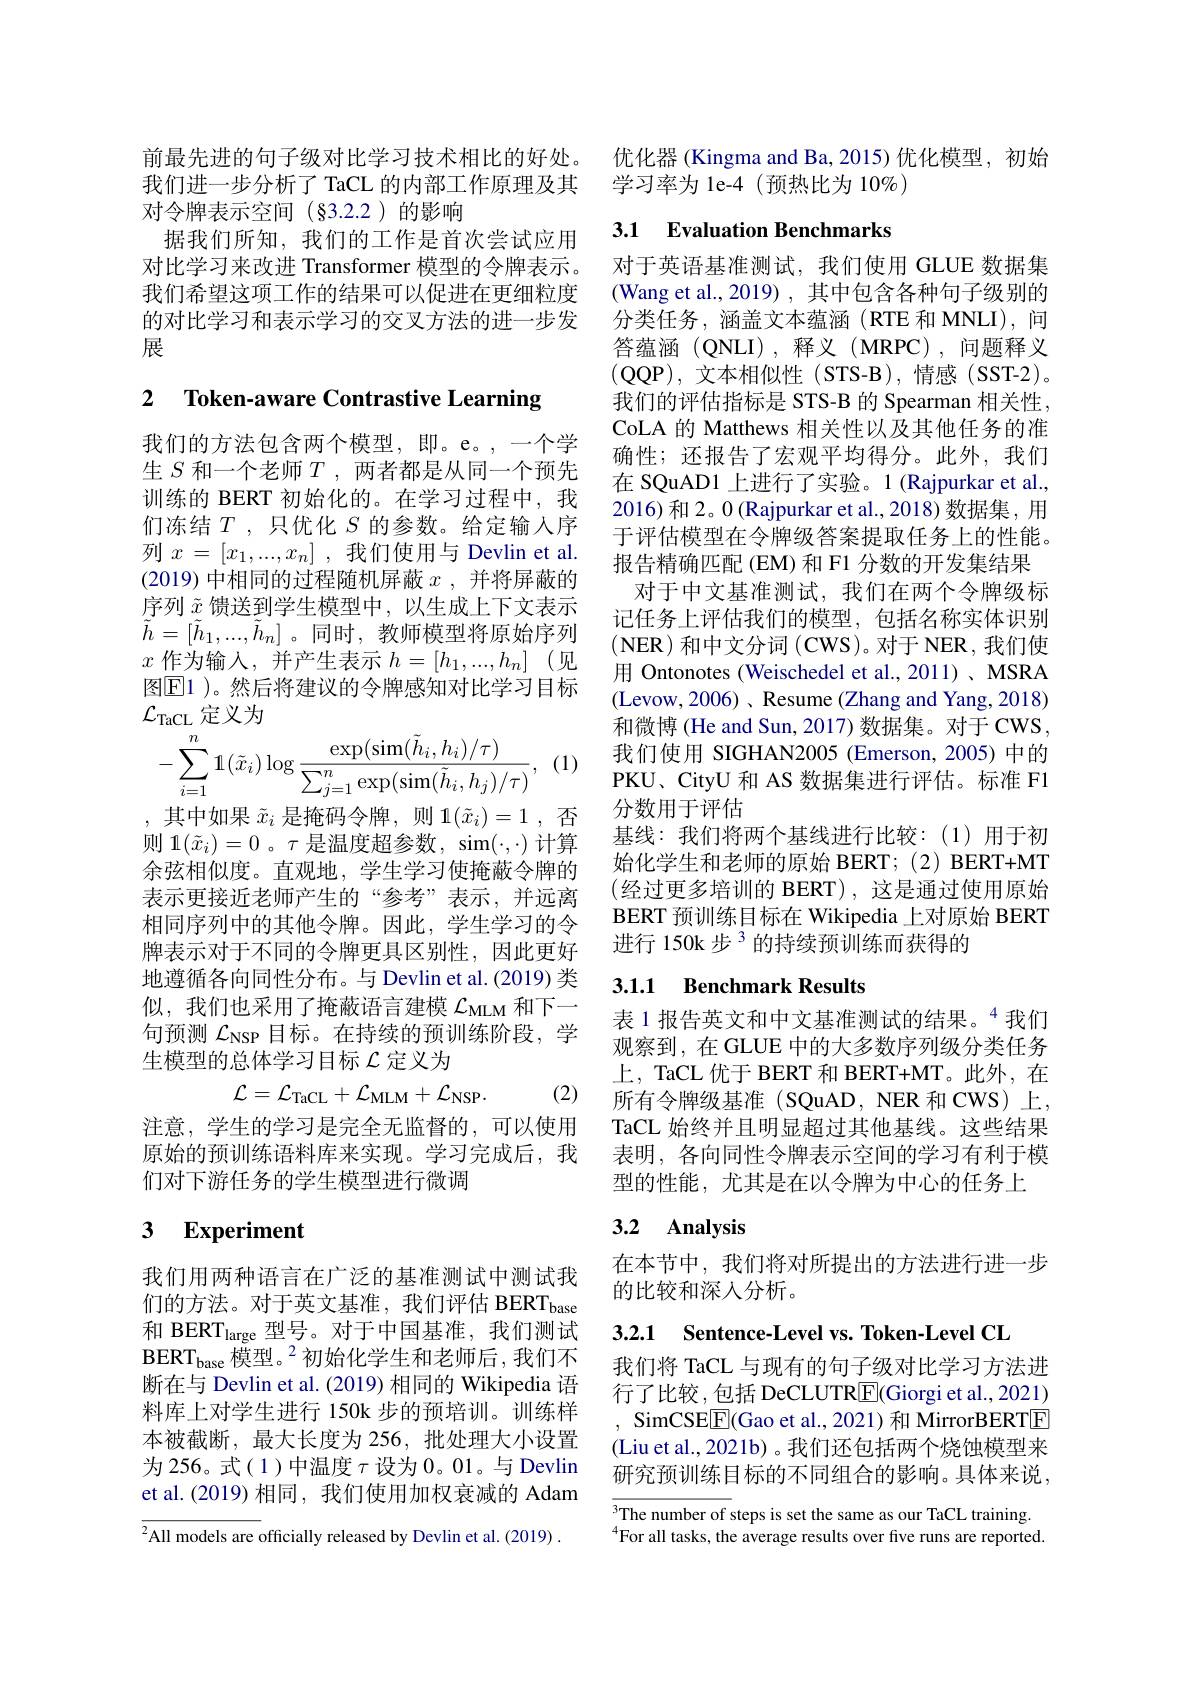
对令牌表示空间(§3.2.2)的影响
据我们所知，我们的工作是首次尝试应用对比学习来改进 Transformer 模型的令牌表示。我们希望这项工作的结果可以促进在更细粒度的对比学习和表示学习的交叉方法的进一步发展

2 $\textbf{Token- aware Contrastive Learning}$

我们的方法包含两个模型，即。e。,一个学生$S$和一个老师$T$,两者都是从同一个预先训练的 BERT 初始化的。在学习过程中，我们冻结$T$,只优化$S$的参数。给定输入序列$x=[x_1,...,x_n]$ ,我们使用与 Devlin et al. (2019)中相同的过程随机屏蔽$x$,并将屏蔽的序列$\tilde{x}$馈送到学生模型中，以生成上下文表示$\tilde{h}=[\tilde{h}_1,...,\tilde{h}_n]$。同时，教师模型将原始序列$x$作为输入，并产生表示$h=[h_1,...,h_n]$(见图$\boxed{\mathrm{E}}1$ )。然后将建议的令牌感知对比学习目标$\mathcal{L}_\mathrm{TaCL}$定义为
$$-\sum_{i=1}^{n}1(\tilde{x}_{i})\log\frac{\exp(\sin(\tilde{h}_{i},h_{i})/\tau)}{\sum_{j=1}^{n}\exp(\sin(\tilde{h}_{i},h_{j})/\tau)},$$
(1)
,其中如果$\tilde{x}_i$是掩码令牌，则$1(\tilde{x}_i)=1$,否则 1$(\tilde{x}_i)=0$。$\tau$是温度超参数，sim$(\cdot,\cdot)$计算余弦相似度。直观地，学生学习使掩蔽令牌的表示更接近老师产生的“参考”表示，并远离相同序列中的其他令牌。因此，学生学习的令牌表示对于不同的令牌更具区别性，因此更好地遵循各向同性分布。与 Devlin et al. (2019) 类似，我们也采用了掩蔽语言建模$\mathcal{L}_\mathrm{MLM}$和下一句预测$\mathcal{L}_\mathrm{NSP}$目标。在持续的预训练阶段，学生模型的总体学习目标$\mathcal{L}$定义为
$$\mathcal{L}=\mathcal{L}_{\mathrm{TaCL}}+\mathcal{L}_{\mathrm{MLM}}+\mathcal{L}_{\mathrm{NSP}}.$$
(2)

注意，学生的学习是完全无监督的，可以使用原始的预训练语料库来实现。学习完成后，我们对下游任务的学生模型进行微调

# 3 Experiment

我们用两种语言在广泛的基准测试中测试我们的方法。对于英文基准，我们评估 BERT$_\mathrm{base}$ 和 BERT$_\mathrm{large}$型号。对于中国基准，我们测试$\mathrm{BERT}_{\mathrm{base}}{\tilde{\text{模型。}}^{2}}$初始化学生和老师后，我们不断在与 Devlin et al. (2019) 相同的 Wikipedia 语料库上对学生进行 150k 步的预培训。训练样本被截断，最大长度为 256, 批处理大小设置为 256。式( 1)中温度$\tau$设为 0。01。与 Devlin et al.(2019) 相同，我们使用加权衰减的 Adam $\overline{{^2\text{All models are officially released by Devlin et al.(2019) }}}.$

前最先进的句子级对比学习技术相比的好处。优化器(Kingma and Ba,2015)优化模型，初始
我们进一步分析了 TaCL 的内部工作原理及其 学习率为 le-4 (预热比为 10%)

## 3.1 Evaluation Benchmarks

对于英语基准测试，我们使用 GLUE 数据集(Wang et al.,2019), 其中包含各种句子级别的分类任务，涵盖文本蕴涵(RTE 和 MNLI), 问答蕴涵(QNLI),释义(MRPC),问题释义(QQP),文本相似性 (STS-B),情感 (SST-2)。我们的评估指标是 STS-B 的 Spearman 相关性， CoLA 的 Matthews 相关性以及其他任务的准确性；还报告了宏观平均得分。此外，我们在 SQuAD1 上进行了实验。1 (Rajpurkar et al., 2016) 和 2。0 (Rajpurkar et al., 2018) 数据集，用于评估模型在令牌级答案提取任务上的性能。报告精确匹配(EM)和 F1 分数的开发集结果
对于中文基准测试，我们在两个令牌级标记任务上评估我们的模型，包括名称实体识别$(\mathbf{NER})$和中文分词$(\mathbf{CWS})$。对于 NER,我们使用 Ontonotes (Weischedel et al., 2011) 、MSRA (Levow,2006)、Resume (Zhang and Yang, 2018) 和微博 (He and Sun, 2017) 数据集。对于 CWS, 我们使用 SIGHAN2005 (Emerson,2005)中的PKU、CityU 和 AS 数据集进行评估。标准 F1分数用于评估
基线：我们将两个基线进行比较：(1)用于初始化学生和老师的原始 BERT; (2) BERT+MT (经过更多培训的 BERT),这是通过使用原始BERT 预训练目标在 Wikipedia 上对原始 BERT 进行 150k 步 $^{3}$的持续预训练而获得的

### 3.1.1 Benchmark Results

表 1 报告英文和中文基准测试的结果。$^{4}$我们观察到，在 GLUE 中的大多数序列级分类任务上，TaCL 优于 BERT 和 BERT+MT。此外，在所有令牌级基准(SQuAD,NER 和 CWS)上， TaCL 始终并且明显超过其他基线。这些结果表明，各向同性令牌表示空间的学习有利于模型的性能，尤其是在以令牌为中心的任务上

## 3.2 Analysis

在本节中，我们将对所提出的方法进行进一步
的比较和深人分析。

3.2.1 Sentence-Level vs. Token-Level CL

我们将 TaCL 与现有的句子级对比学习方法进行了比较，包括 DeCLUTR|E|Giorgi et al.,2021) , SimCSE$\boxed{\mathrm{F}}($Gao et al., 2021) 和 MirrorBERTE (Liu et al., 2021b) 。我们还包括两个烧蚀模型来研究预训练目标的不同组合的影响。具体来说

$\overline{{^3\text{The number of }}}$steps is set the same as our TaCL training. $^{4}$For all tasks, the average results over five runs are reported.